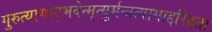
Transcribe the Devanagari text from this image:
गुरुत्यागाद्भवेन्मृत्युर्मन्त्रत्यागाद्दरिद्रता